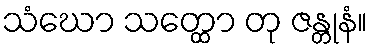
သံဃော သတ္ထော တု ဇန္တုနံ။